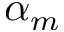
\alpha _ { m }